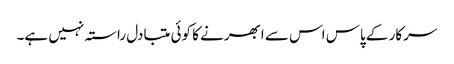
سرکار کے پاس اس سے ابھرنے کا کوئی متبادل راستہ نہیں ہے۔